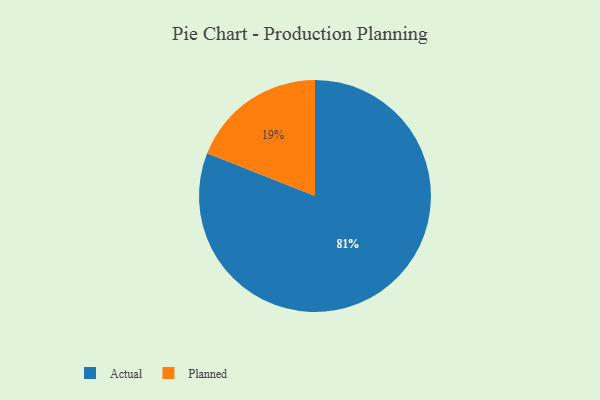
{"axis": {"x": "Category", "y": "Percentage"}, "legend": ["Actual", "Planned"], "data": [{"x": "Actual", "y": 81, "type": "Actual"}, {"x": "Planned", "y": 19, "type": "Planned"}]}